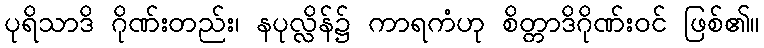
ပုရိသာဒိ ဂိုဏ်းတည်း၊ နပုလ္လိန်၌ ကာရကံဟု စိတ္တာဒိဂိုဏ်းဝင် ဖြစ်၏။